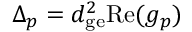
\Delta _ { p } = d _ { \mathrm { g e } } ^ { 2 } \mathrm { R e } ( g _ { p } )